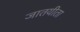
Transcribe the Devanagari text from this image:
जातयीता